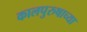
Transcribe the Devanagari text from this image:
कालपुरुषाच्या